Angerja_oigeusu_kogudus, lk 26
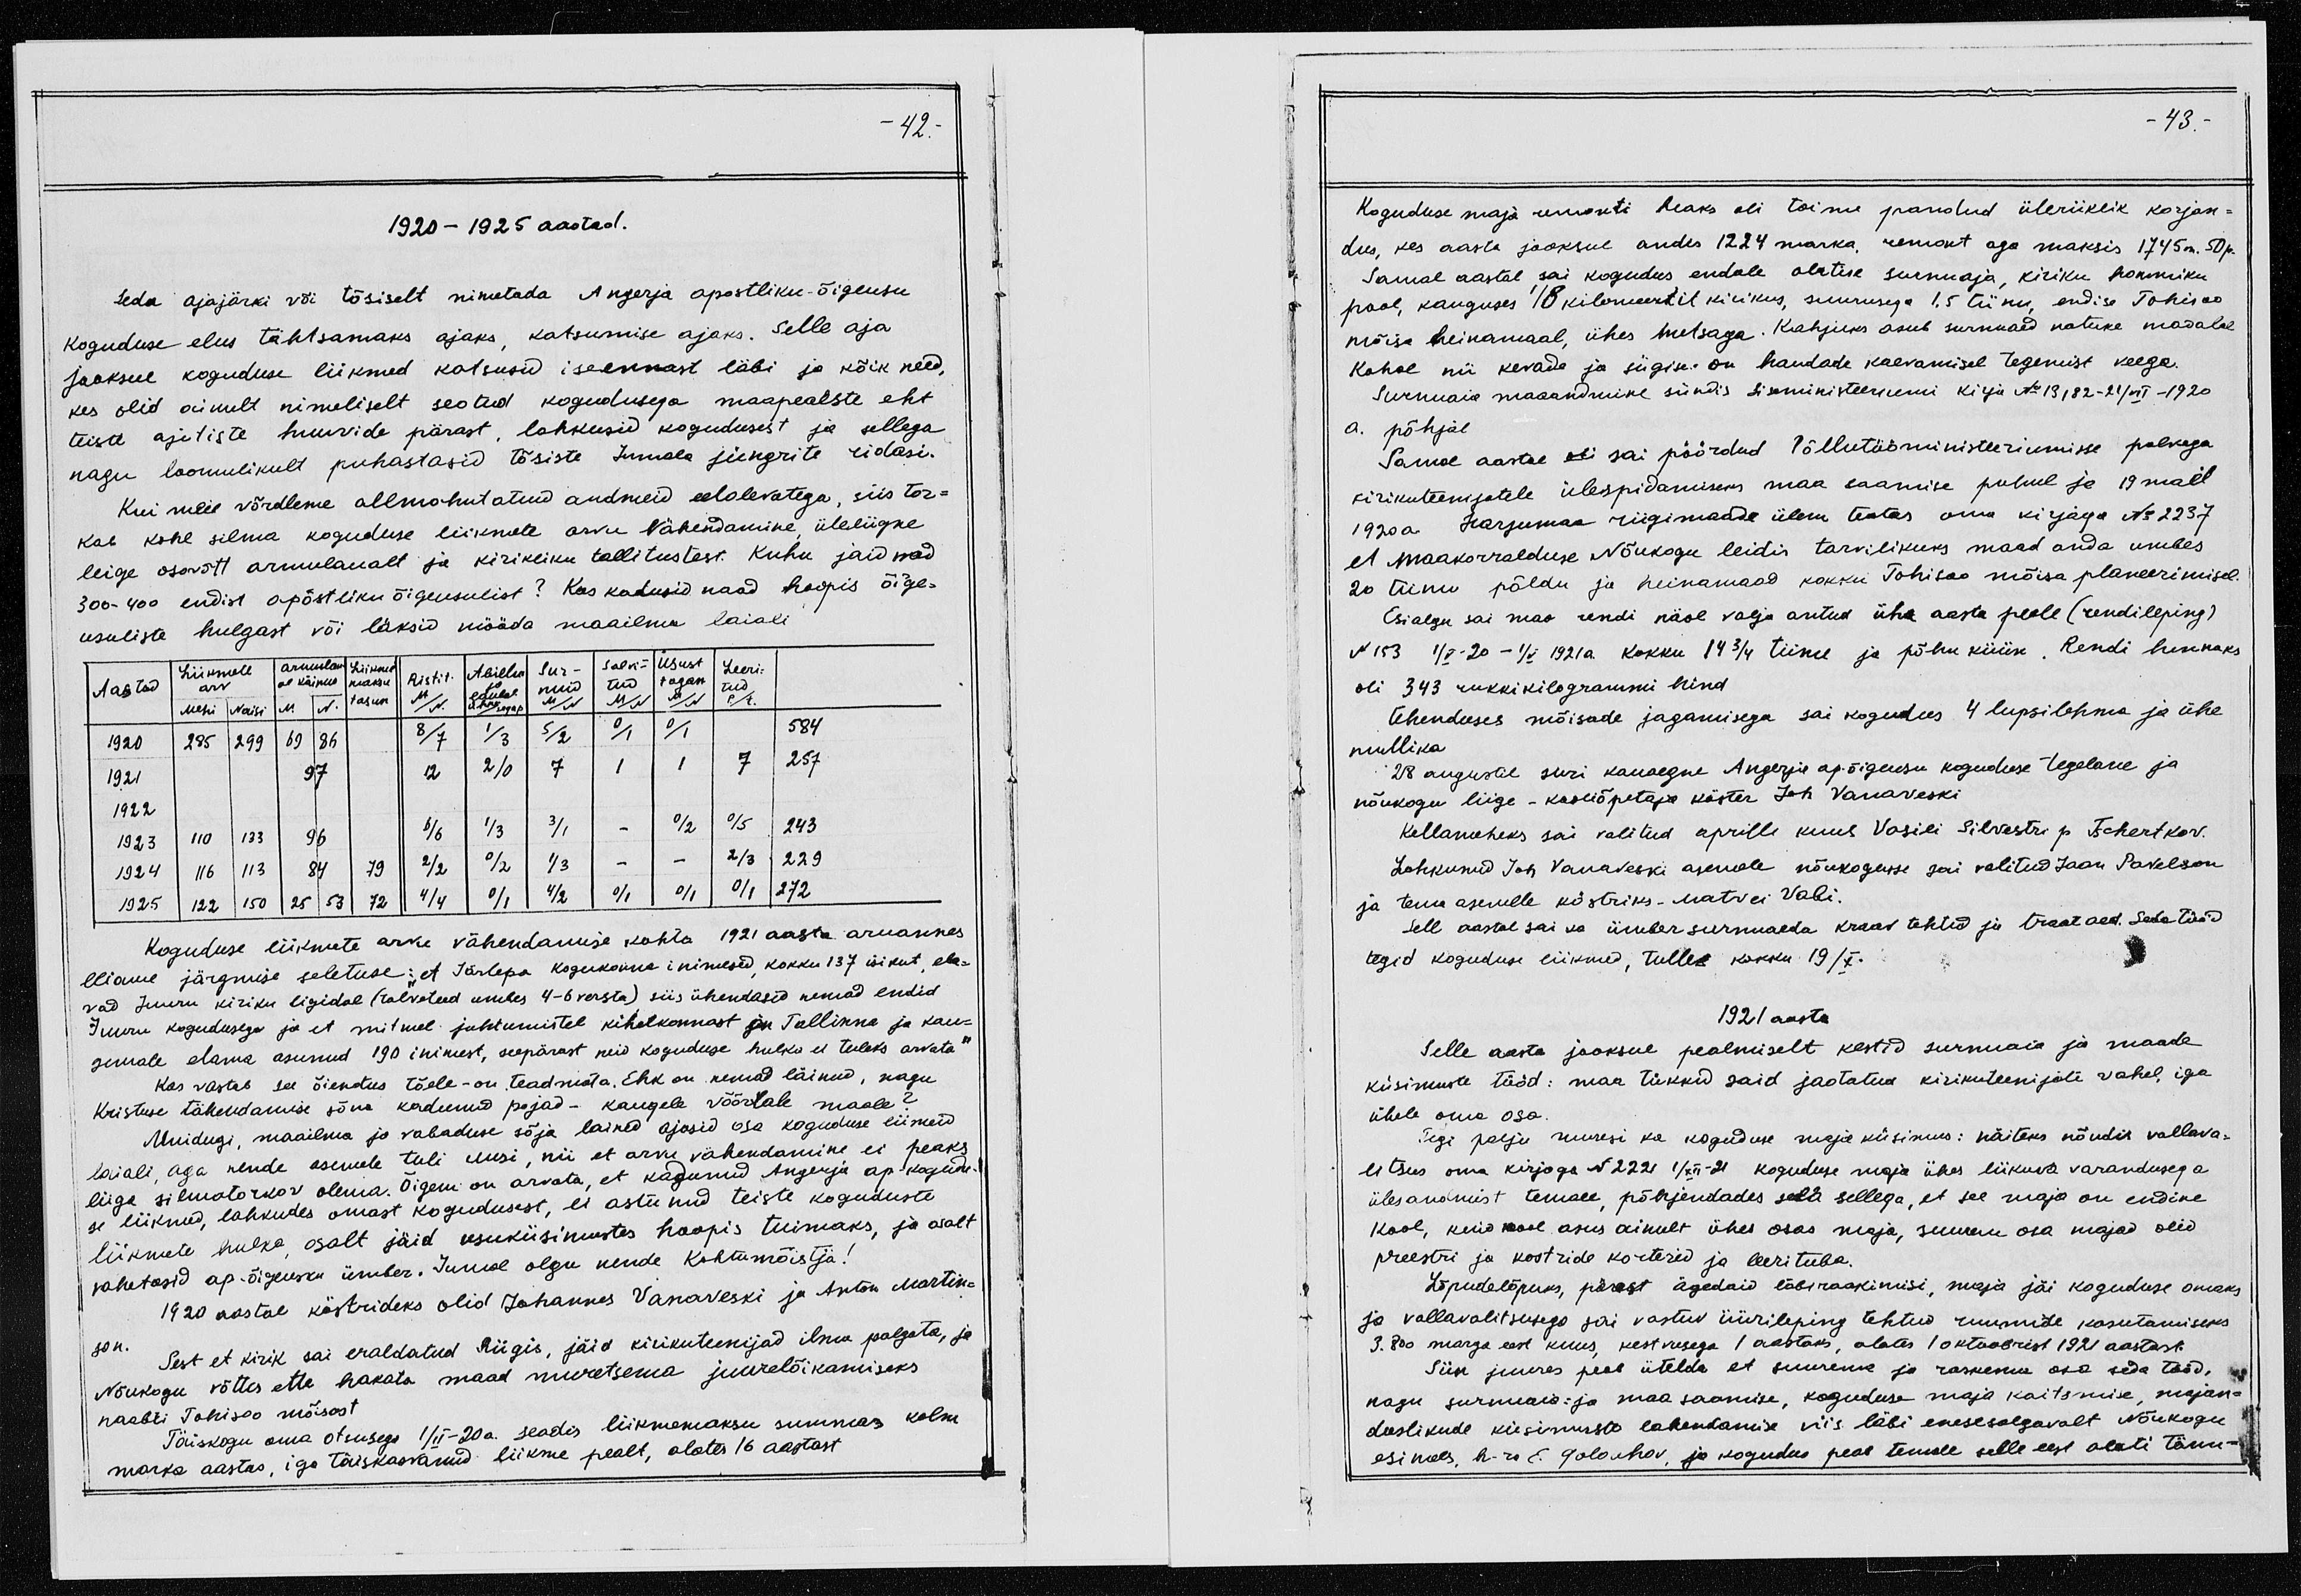
42.
1920-1925 aastad.
Seda ajajärki või tõsiselt nimetada Angerja apostliku-õigeusu 
koguduse elus tähtsamaks ajaks, katsumuse ajaks. Selle aja
jooksul koguduse liikmed katsusid iseennast läbi ja kõik need,
kes olid ainult nimeliselt seotud kogudusega maapealste ehk 
teiste ajutiste huvide pärast, lahkusid kogudusest ja sellega 
nagu loomulikult puhastasid tõsiste Jumala jüngrite ridasi. 
Kui meie võrdleme allmahutatud andmeid eelolevatega, siis tor-
kab kohe silma koguduse liikmete arvu vähendamine, üleliigne
leige osavõtt armulaualt ja kirikliku tallitustest. Kuhu jaid nad 
300-400 endist apostliku õigeusulist? Kas kadusid naad hoopis õige-
usuliste hulgast või läksid mööda maailma laiali

Koguduse liikmete arvu vähendamise kohta 1921 aasta aruannes
leiame järgmise seletuse: "et Järlepa kogukonna inimesed, kokku 137 isikut, ela-
vad Juuru kiriku ligidal (talveteed umbes 4-6 versta) siis ühendasid nemad endid 
Juuru kogudusega ja et mitmel juhtumistel kihelkonnast ja Tallinna ja kau-
gemale elama asunud 190 inimest, seepärast neid koguduse hulka ei tuleks arvata" 
Kas vastab see õiendus tõele - on teadmata. Ehk on nemad läinud, nagu 
Kristuse tähendamise sõna kadunud pojad - kaugele võõrale maale? 
Muidugi, maailma ja vabaduse sõja lained ajasid osa koguduse liikmed
laiali, aga nende asemele tuli uusi, nii et arvu vähendamine ei peaks
liiga silmatorkav olema. Õigem on arvata, et kadunud Angerja ap-kogudu-
se liikmed, lahkudes omast kogudusest, ei astunud teiste koguduste 
liikmete hulka, osalt jäid usuküsimustes hoopis tuimaks, ja osalt 
vahetasid ap-õigeusku ümber. Jumal olgu nende kohtumõistja! 
1920 aastal köstrideks olid Johannes Vanaveski ja Anton Martin-
son.
Sest et kirik sai eraldatud Riigis, jäid kirikuteenijad ilma palgata, ja 
Nõukogu võttis ette hakata maad muretsema juurelõikamiseks 
naabri Tohisoo mõisast 
Täiskogu oma otsusega I/II-20a. seadis liikmemaksu summaks kolm
marka aastas, iga täiskasvanud liikme pealt, alates 16 aastast

43. 
Koguduse maja remonti heaks oli toime pandud üleriiklik korjan- 
dus, kes aasta jooksul andis 1224 marka, remont aga maksis 1745 m. 50 p.
Samal aastal sai kogudus endale alatise surnuaja, kiriku hommiku 
pool, kauguses 1/8 kilomeetrit kirikus, suurusega 1,5 tiinu, endise Tohisoo 
mõisa heinamaal, ühes metsaga. Kahjuks asub surnuaed natuke madalal
kohal nii kevade ja sügise on haudade kaevamisel tegemist veega. 
Surnuaia maaomandamine sündis siseministeeriumi kirja No 13182-21/VII-1920
a. põhjal
Samal aastal oli sai pöördud Põllutööministeeriumisse palvega 
kirikuteenijatele ülespidamiseks maa saamise puhul ja 19 mail 
1920 a. Harjumaa riigimaade ülem teatas oma kirjaga No 2237
et maakorralduse Nõukogu leidis tarvilikuks maad anda umbes 
20 tiinu põldu ja heinamaad kokku Tohisoo mõisa planeerimisel. 
Esialgu sai maa rendi näol valja antud ühe aasta peale (rendileping) 
N 153 1/V-20-1/V 1921a. kokku 14 3/4 tiinu ja põhu küün. Rendi hinnaks 
oli 343 rukkikilogrammi hind 
Ühenduses mõisade jagamisega sai kogudus 4 lupsilehma ja ühe 
mullika 
28 augustil suri kauaegne Angerja ap. õigeusu koguduse tegelane ja 
nõukogu liige - kooliõpetaja köster Joh Vanaveski
Kellameheks sai valitud aprilli kuul Vasili Silvestri p. Tschertkov. 
Lahkunud Joh Vanaveski asemele nõukogusse sai valitud Jaan Pavelson 
ja tema asemele köstriks - Matvei Vabi. 
Sell aastal sai ka ümber surnuaeda kraav tehtud ja traataed. Seda tööd 
tegid koguduse liikmed, tulles kokku 19/X. 
1921 aasta 
Selle aasta jooksul pealmiselt kestid surnuaia ja maade 
küsimuste tööd: maa tükkid said jaotatud kirikuteenijate vahel, iga 
ühele oma osa. 
Tegi palju muresi ka koguduse maja küsimus: näiteks nõudis vallava-
litsus oma kirjaga Nr 2221 1/XII-21 koguduse maja ühes liikuva varandusega 
ülesandmist temale, põhjendades seda sellega, et see maja on endine 
kool, kuid kool asus ainult ühes osas maja, suurem osa majad olid 
preestri ja köstride korterid ja leerituba. 
Lõpudelõpuks, pärast ägedaid läbiraakimisi, maja jäi koguduse omaks 
ja vallavalitsusega sai vastuv üürileping tehtud ruumide kasutamiseks 
3.800 marga eest kuus, kestvusega 1 aastaks, alates 1 oktoobrist 1921 aastast. 
Siin juures peab ütelda et suurema ja raskema osa seda tööd, 
nagu surnuaia- ja maasaamise, koguduse maja kaitsmise, majan-
duslikude küsimuste lahendamise viis läbi enesesalgavalt Nõukogu 
esimees h-ra E. Golouhov, ja kogudus peab temale selle eest alati tänu-